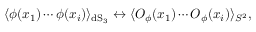
\langle \phi ( x _ { 1 } ) \cdots \phi ( x _ { i } ) \rangle _ { \mathrm { d S } _ { 3 } } \leftrightarrow \langle { \cal { O } } _ { \phi } ( x _ { 1 } ) \cdots { \cal { O } } _ { \phi } ( x _ { i } ) \rangle _ { S ^ { 2 } } ,